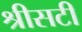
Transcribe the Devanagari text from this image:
श्रीसटी